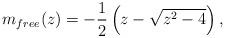
LaTeX: \begin{align*}m_{free}(z) = - \frac{1}{2} \left( z - \sqrt{z^2 - 4}\right),\end{align*}